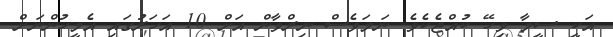
އަކީ ސީމާ ވިހޭ ކުއްޖެކެވެ. ނަމަވެސް ނިރްވާން އަށް 10 އަހަރުގައި އެމީހުންނަށް